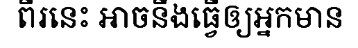
ពីរនេះ អាចនឹងធ្វើឲ្យអ្នកមាន